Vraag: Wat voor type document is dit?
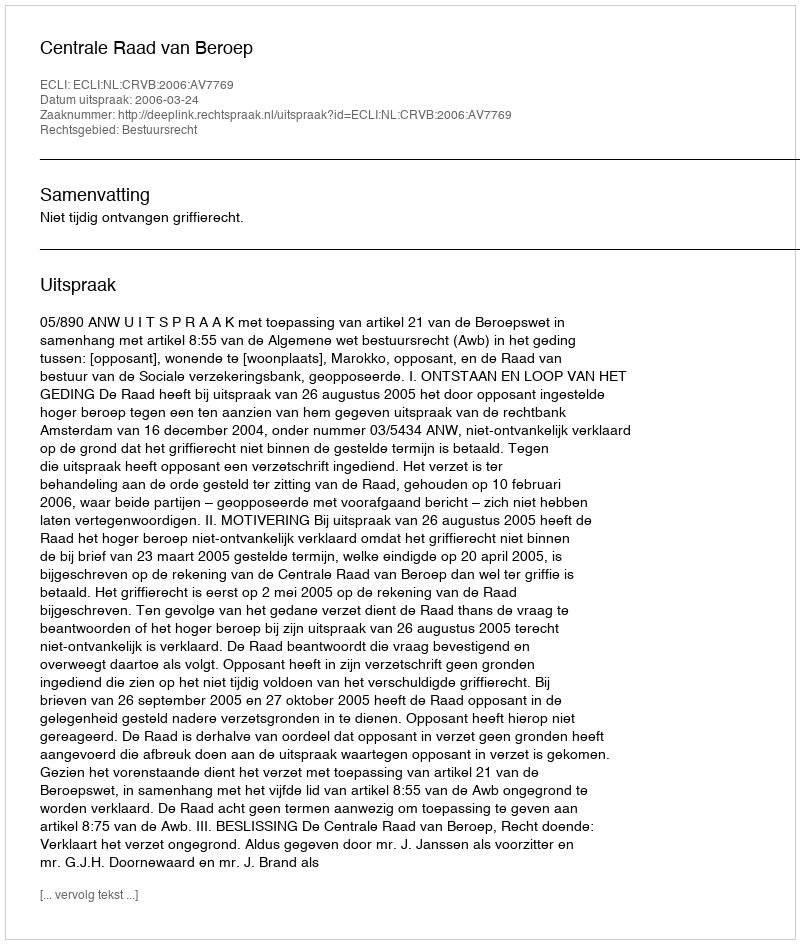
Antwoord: Uitspraak